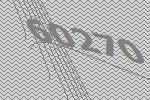
60270